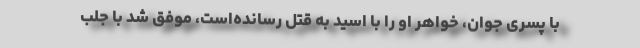
با پسری جوان، خواهر او را با اسید به قتل رسانده‌است، موفق شد با جلب